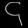
Digit: ၄